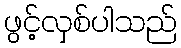
ဖွင့်လှစ်ပါသည်